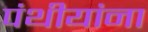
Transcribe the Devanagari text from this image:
पंथीयांना